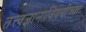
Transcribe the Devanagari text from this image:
तत्त्वज्ञानाविषयीच्या